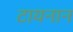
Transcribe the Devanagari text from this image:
टायनान